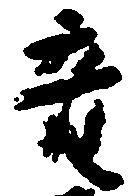
音